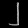
Digit: ၂